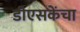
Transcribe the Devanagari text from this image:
डीएसकेंचा